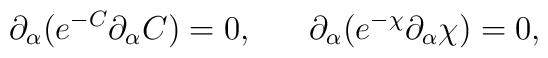
\partial _{\alpha}(e^{-C}\partial _{\alpha}C)=0,~~~~~\partial _{\alpha}(e^{-\chi}\partial _{\alpha}\chi)=0,